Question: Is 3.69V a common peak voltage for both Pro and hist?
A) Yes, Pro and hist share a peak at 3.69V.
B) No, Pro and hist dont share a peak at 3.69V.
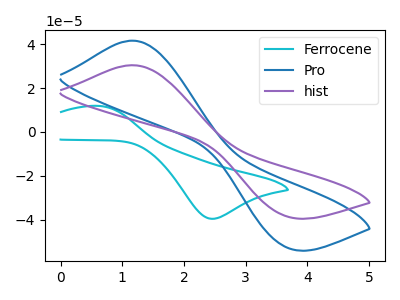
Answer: <think>The cyan curve "Ferrocene" has an anodic peak at (0.60V, 11.90uA) and a cathodic peak at (2.45V, -39.55uA). The blue curve "Pro" has an anodic peak at (1.15V, 41.60uA) and a cathodic peak at (3.70V, -52.90uA). The purple curve "hist" has an anodic peak at (1.15V, 30.40uA) and a cathodic peak at (3.70V, -38.70uA).</think>
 <answer>A) Yes, "Pro" and "hist" share a peak at 3.69V.</answer>
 <eval>A</eval>